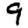
Digit: 9